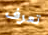
تعرف